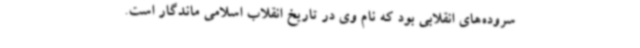
سروده‌های انقلابی بود که نام وی در تاریخ انقلاب اسلامی ماندگار است.